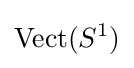
\mathrm {Vect} (S^{1})